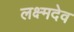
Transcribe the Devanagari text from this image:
लक्ष्मदेव